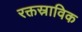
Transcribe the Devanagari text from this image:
रक्तस्राविक